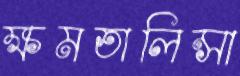
ক্ষমতালিন্সা